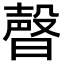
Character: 𣍆